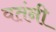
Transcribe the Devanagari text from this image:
वतंनी